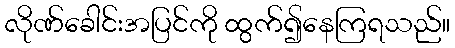
လိုဏ်ခေါင်းအပြင်ကို ထွက်၍နေကြရသည်။